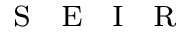
\textsc { s } \textsc { e } \textsc { i } \textsc { r }